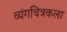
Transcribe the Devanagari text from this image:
व्यंगचित्रकला